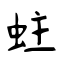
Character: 蛀